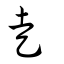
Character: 走